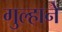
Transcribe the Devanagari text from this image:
गुल्हाने